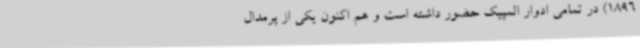
1896) در تمامی ادوار المپیک حضور داشته است و هم اکنون یکی از پرمدال